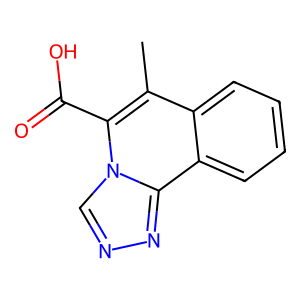
SMILES: Cc1c(C(=O)O)n2cnnc2c2ccccc12
Inhibits HIV replication: No